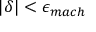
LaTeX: | \delta | < \epsilon _ { m a c h }